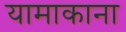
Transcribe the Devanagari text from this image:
यामाकाना